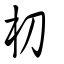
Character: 朷